Papers set at the Examination for Leaving Certificates, 1889
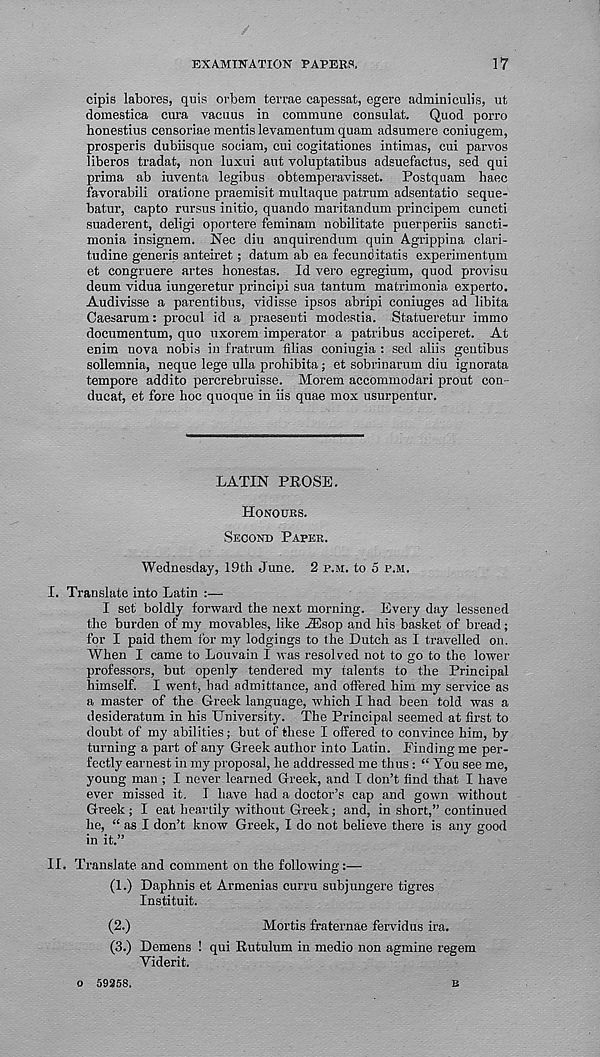
EXAMINATION PAPERS.
17
cipis labores, quis orbem terras capessat, egere admmiculis, ut
domestica cura vacuus in commune consulat.
Quod porro
honestius censoriae mentis levamentum quam adsumere coniugem,
prosperis dubiisque sociam, cui cogitationes intimas, cui parvos
liberos tradat, non luxui ant voluptatibus adsuefactus, sed qui
prima ab iuventa legibus obtemperavisset. Postquam haec
favorabili oratione praemisit multaque patrum adsentatio seque-
batur, capto rursus initio, quando maritandum principem cuncti
suaderent, deligi oportere feminam nobilitate puerperiis sancti-
monia insignem. Nec diu anquirendum quin Agrippina clari-
tudine generis anteiret ; datum ab ea fecunditatis experimentum
et congruere artes honestas. Id vero egregium, quod provisu
deum vidua iungeretur principi sua tantum matrimonia experto.
Audivisse a parentibus, vidisse ipsos abripi coniuges ad libita
Caesarum: procul id a praesenti modestia. Statueretur immo
documentum, quo uxorem imperator a patribus acciperet. At
enim nova nobis in fratrum Alias coniugia : sed aliis gentibus
sollemnia, neque lege ulla prohibita; et sobrinarum diu ignorata
tempore addito percrebruisse. Morem accommodari prout con-
ducat, et fore hoc quoque in iis quae mox usurpentur.
LATIN PROSE.
HONOURS.
SECOND PAPER.
Wednesday, 19th dune. 2 P.M. to 5 P.M.
I. Translate into Latin :—
I set boldly forward the next morning. Every day lessened
the burden of my movables, like iEsop and his basket of bread;
for I paid them for my lodgings to the Dutch as I travelled on.
When I came to Louvain I was resolved not to go to the lower
professors, but openly tendered my talents to the Principal
himself. I went, had admittance, and offered him my service as
a master of the Greek language, which I had been told was a
desideratum in his University. The Principal seemed at first to
doubt of my abilities; but of these I offered to convince him, by
turning a part of any Greek author into Latin. Finding me per-
fectly earnest in my proposal, he addressed me thus : “ You see me,
young man ; I never learned Greek, and I don’t find that I have
ever missed it. I have had a doctor’s cap and gown without
Greek; I eat heartily without Greek; and, in short,” continued
he, “ as I don’t know Greek, I do not believe there is any good
in it.”
II. Translate and comment on the following:—
(1.) Daphnis et Armenias curru subjungere tigres
Instituit.
(2.)
Mortis fraternae fervidus ira.
(3.) Demens ! qui Rutulum in medio non agmine regem
Viderit.
o 59358.
B